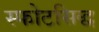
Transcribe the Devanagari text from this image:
स्फोटसिद्ध